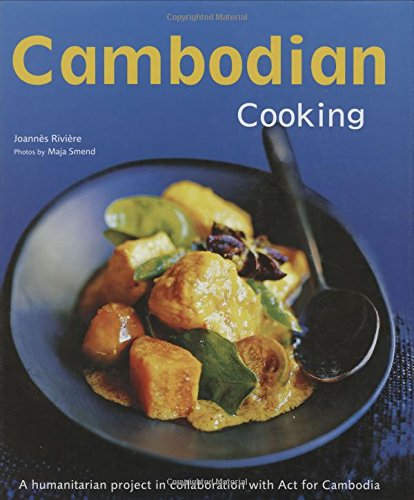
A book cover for Cambodian Cooking: A humanitarian project in collaboration with Act for Cambodia [Cambodian Cookbook, 60 Recipes]; Joannes Riviere; Cookbooks, Food & Wine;